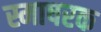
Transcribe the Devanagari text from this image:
स्माषरक